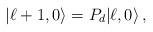
LaTeX: \begin{align*} |\ell+1,0\rangle = P_d|\ell,0\rangle\,,\end{align*}